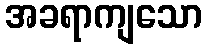
အခရာကျသော